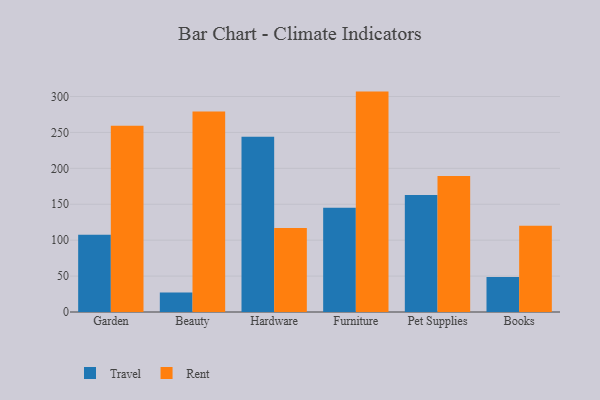
{"axis": {"x": "Category", "y": "Website Visitors"}, "legend": ["Rent", "Travel"], "data": [{"x": "Garden", "y": 107.4, "type": "Travel"}, {"x": "Garden", "y": 259.2, "type": "Rent"}, {"x": "Beauty", "y": 27.3, "type": "Travel"}, {"x": "Beauty", "y": 279.1, "type": "Rent"}, {"x": "Hardware", "y": 243.9, "type": "Travel"}, {"x": "Hardware", "y": 116.8, "type": "Rent"}, {"x": "Furniture", "y": 145.0, "type": "Travel"}, {"x": "Furniture", "y": 306.8, "type": "Rent"}, {"x": "Pet Supplies", "y": 162.9, "type": "Travel"}, {"x": "Pet Supplies", "y": 189.2, "type": "Rent"}, {"x": "Books", "y": 48.8, "type": "Travel"}, {"x": "Books", "y": 120.0, "type": "Rent"}]}